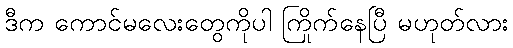
ဒီက ကောင်မလေးတွေကိုပါ ကြိုက်နေပြီ မဟုတ်လား